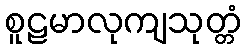
စူဠမာလုကျသုတ္တံ